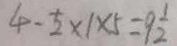
4 - \frac { 1 } { 2 } \times 1 \times 5 = 9 \frac { 1 } { 2 }